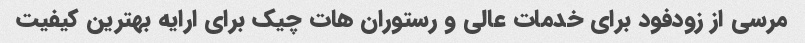
مرسی از زودفود برای خدمات عالی و رستوران هات چیک برای ارایه بهترین کیفیت